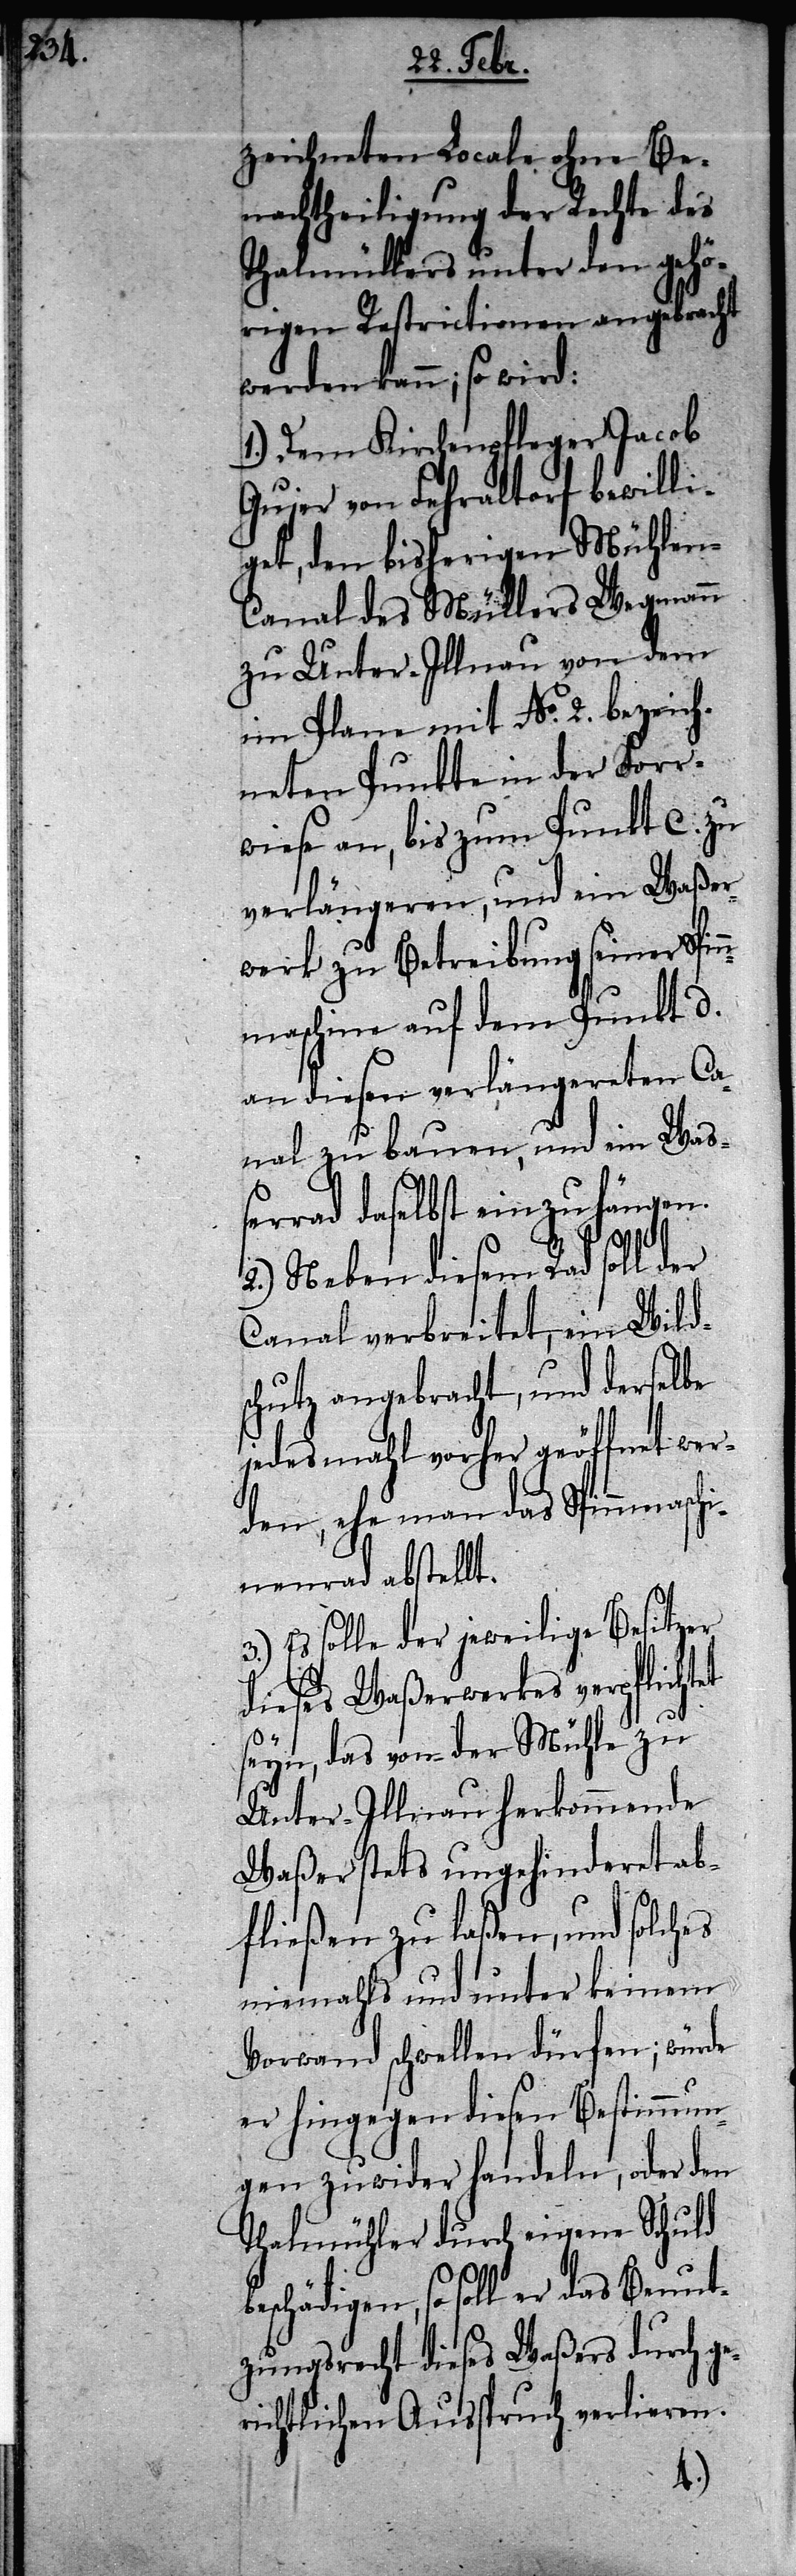
zeichneten Locale ohne Be¬
nachtheiligung der Rechte des
Thalmüllers unter den gehö¬
rigen Restrictionen angebracht
werden kann; so wird:
1.) Dem Kirchenpfleger Jacob
Gujer von Fehraltorf bewilli¬
get, den bisherigen Mühlen-C¬
anal des Müllers Wegmann
zu Unter-Illnau von dem
im Plane mit No. 2. bezeich¬
neten Punkte in der Forr¬
wiese an, bis zum Punkt c. zu
verlängeren, und ein Waßer¬
werk zu Betreibung seiner Spin¬
nmaschine auf dem Punkt d.
an diesen verlängereten Ca¬
nal zu bauen, und ein Waß¬
errad daselbst einzuhängen.
2.) Neben diesem Rad soll der
Canal verbreitet, ein Wilds¬
chutz angebracht, und derselbe
jedes mahl vorher geöffnet wer¬
den, ehe man das Spinnmaschi¬
nenrad abstellt.
Es solle der jeweilige Besitzer
dieses Waßerwerkes verpflichtet
3.)
seyn, das von der Mühle zu
Unter-Illnau herkommende
Waßer stets ungehinderet ab¬
fließen zu laßen, und solches
niemahls und unter keinem
Vorwand schwellen dürfen; würde
er hingegen diesen Bestimmun¬
gen zuwider handeln, oder den
beschädigen, so soll er das Benut¬
zungsrecht dieses Waßers durch ge¬
richtlichen Ausspruch verlieren.